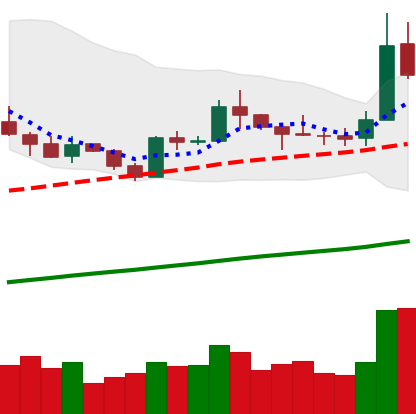
Ticker: LTC-USD
Chart end date: 2019-05-12
Forward return: 5.238%
Label: up_5_7